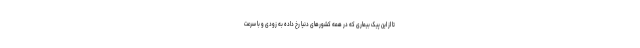
تا از این پیک بیماری که در همه کشورهای دنیا رخ داده به زودی و با سرعت